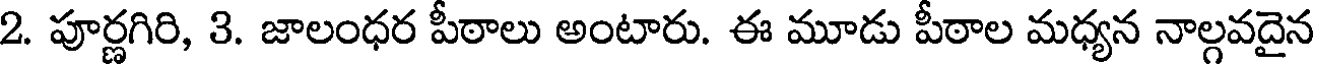
2. పూర్ణగిరి, 3. జాలంధర పీఠాలు అంటారు. ఈ మూడు పీఠాల మధ్యన నాల్గవదైన